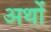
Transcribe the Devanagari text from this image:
अथों